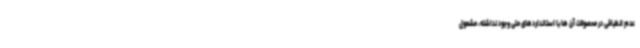
عدم انطباقی در محصولات آن ها با استانداردهای ملی وجود نداشته، مشمول